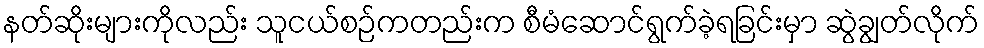
နတ်ဆိုးများကိုလည်း သူငယ်စဉ်ကတည်းက စီမံဆောင်ရွက်ခဲ့ရခြင်းမှာ ဆွဲချွတ်လိုက်